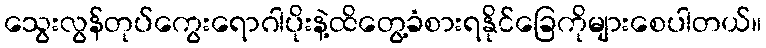
သွေးလွန်တုပ်ကွေးရောဂါပိုးနဲ့ထိတွေ့ခံစားရနိုင်ခြေကိုများစေပါတယ်။